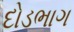
દોડભાગ